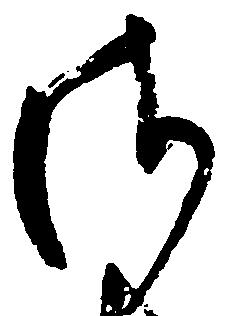
さ